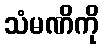
သံမဏိကို